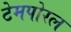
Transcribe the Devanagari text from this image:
टेमपोरल